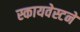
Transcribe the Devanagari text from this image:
स्कायवेस्टने